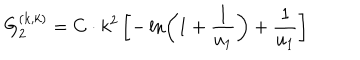
G _ { 2 } ^ { ( k , k ) } = C \cdot k ^ { 2 } \left[ - \ln \left( 1 + \frac { 1 } { u _ { 1 } } \right) + \frac { 1 } { u _ { 1 } } \right]